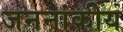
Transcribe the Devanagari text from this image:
जननांकीय